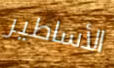
الأساطير